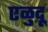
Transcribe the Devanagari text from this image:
एळुदू